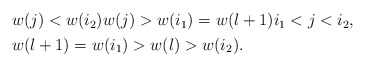
\begin{align*}\begin{aligned} &w(j)<w(i_2)w(j)>w(i_1)=w(l+1)i_1<j<i_2,\\ &w(l+1)=w(i_1)>w(l)>w(i_2).\end{aligned}\end{align*}